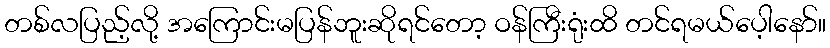
တစ်လပြည့်လို့ အကြောင်းမပြန်ဘူးဆိုရင်တော့ ဝန်ကြီးရုံးထိ တင်ရမယ်ပေ့ါနော်။